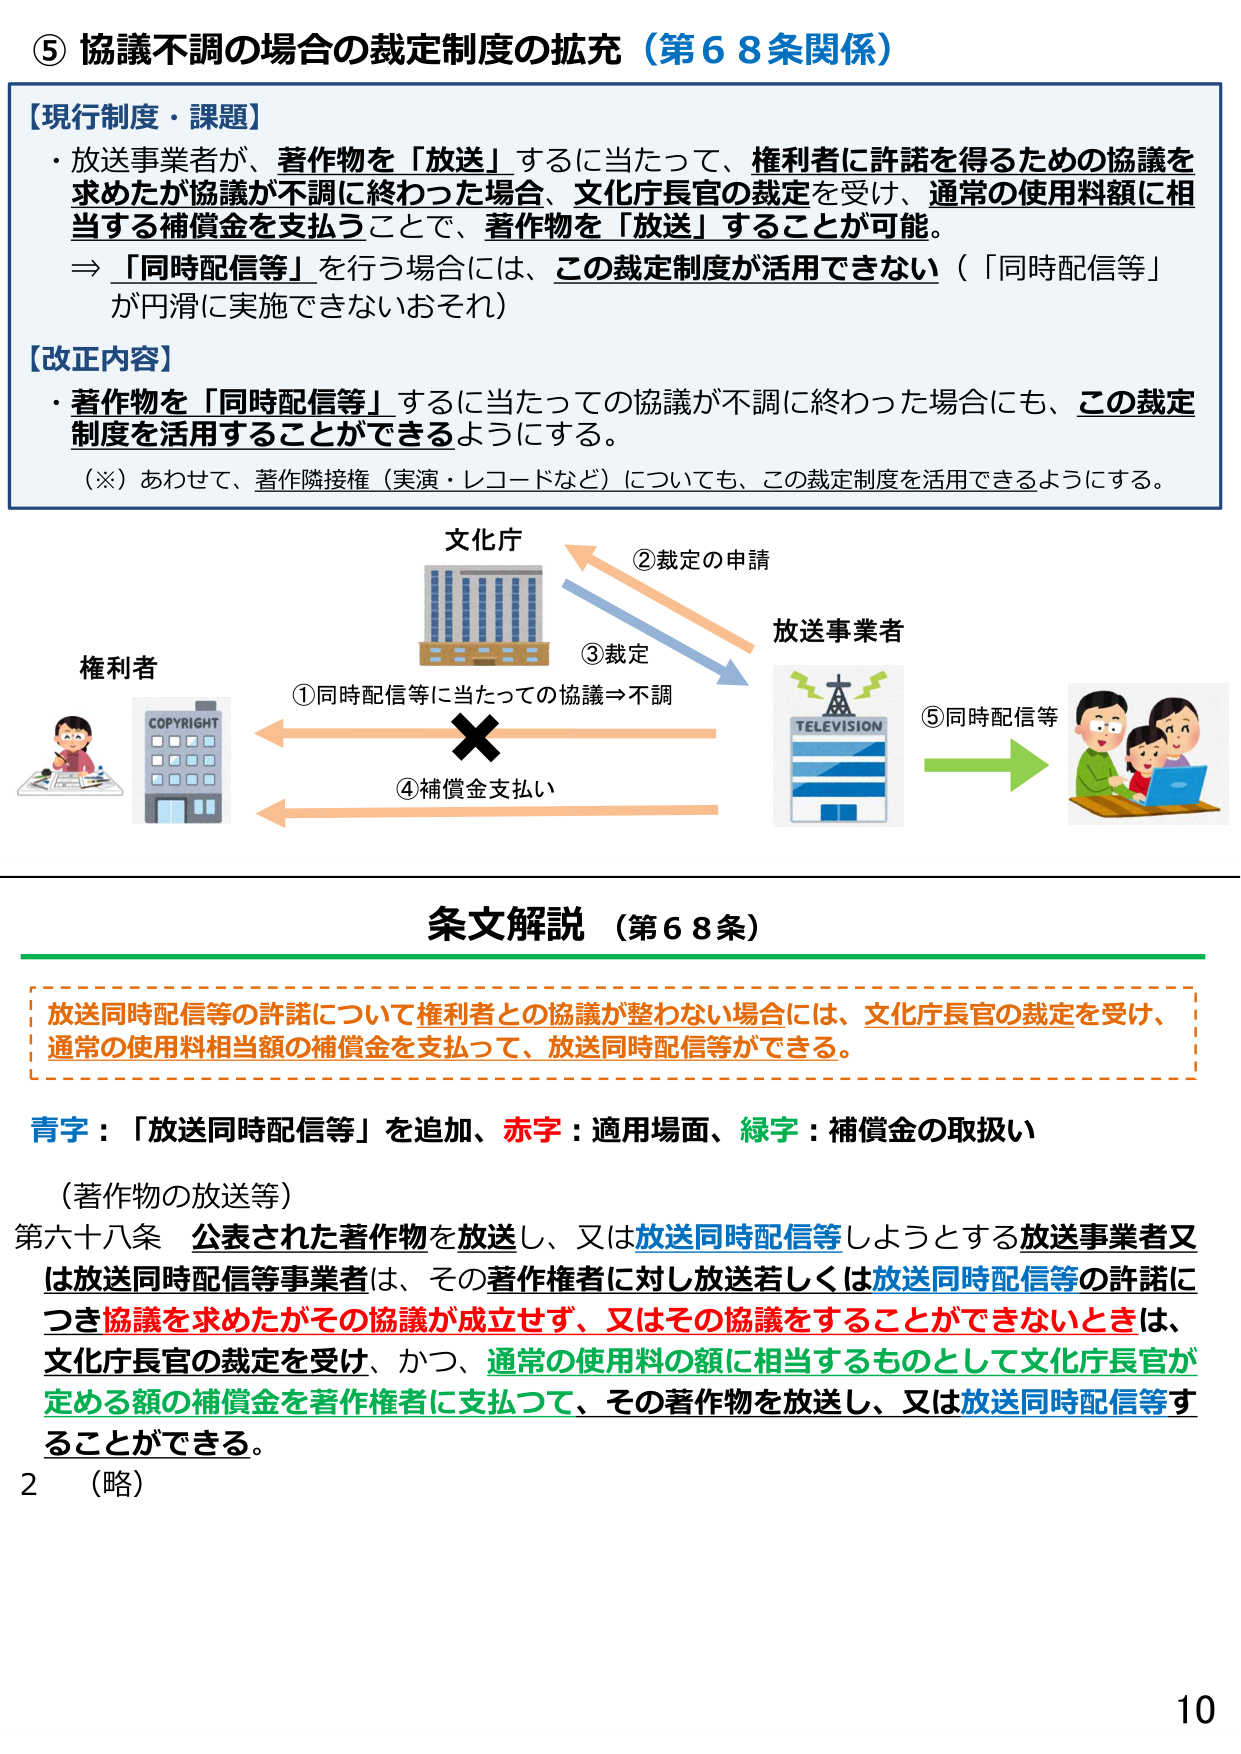
⑤ 協議不調の場合の裁定制度の拡充（第６８条関係）

【現行制度・課題】
・放送事業者が、著作物を「放送」するに当たって、権利者に許諾を得るための協議を求めたが協議が不調に終わった場合、文化庁長官の裁定を受け、通常の使用料額に相当する補償金を支払うことで、著作物を「放送」することが可能。
⇒「同時配信等」を行う場合には、この裁定制度が活用できない（「同時配信等」が円滑に実施できないおそれ）

【改正内容】
・著作物を「同時配信等」するに当たっての協議が不調に終わった場合にも、この裁定制度を活用することができるようになる。
（※）あわせて、著作隣接権（実演・レコードなど）についても、この裁定制度を活用できるようにする。

文化庁
②裁定の申請
放送事業者
③裁定
①同時配信等に当たっての協議⇒不調
④補償金支払い
⑤同時配信等

権利者
COPYRIGHT

条文解説（第６８条）

放送同時配信等の許諾について権利者との協議が整わない場合には、文化庁長官の裁定を受け、通常の使用料相当額の補償金を支払って、放送同時配信等ができる。

青字：「放送同時配信等」を追加、赤字：適用場面、緑字：補償金の取扱い

（著作物の放送等）
第六十八条 公表された著作物を放送し、又は放送同時配信等しようとする放送事業者又は放送同時配信等事業者は、その著作権者に対し放送若しくは放送同時配信等の許諾につき協議を求めたがその協議が成立せず、又はその協議をすることができないときは、文化庁長官の裁定を受け、かつ、通常の使用料の額に相当するものとして文化庁長官が定める額の補償金を著作権者に支払って、その著作物を放送し、又は放送同時配信等することができる。

2 （略）

10